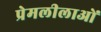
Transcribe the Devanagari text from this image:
प्रेमलीलाओं